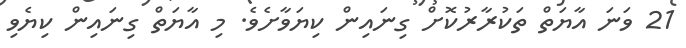
21 ވަނަ އާޔަތް ތަކުރާރުކޮށް ގިނައިން ކިޔަވާށެވެ. މި އާޔަތް ގިނައިން ކިޔެވި